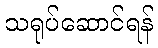
သရုပ်ဆောင်ရန်